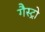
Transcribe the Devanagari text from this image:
गैस्‍ट्रो